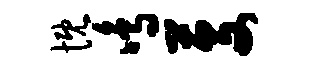
慨鸣芟